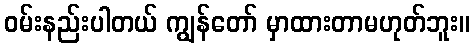
ဝမ်းနည်းပါတယ် ကျွန်တော် မှာထားတာမဟုတ်ဘူး။